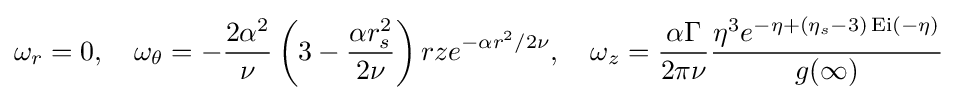
\omega _{r}=0,\quad \omega _{\theta }=-{\frac {2\alpha ^{2}}{\nu }}\left(3-{\frac {\alpha r_{s}^{2}}{2\nu }}\right)rze^{-\alpha r^{2}/2\nu },\quad \omega _{z}={\frac {\alpha \Gamma }{2\pi \nu }}{\frac {\eta ^{3}e^{-\eta +(\eta _{s}-3)\operatorname {Ei} (-\eta )}}{g(\infty )}}